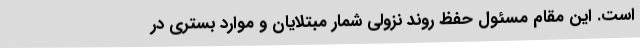
است. این مقام مسئول حفظ روند نزولی شمار مبتلایان و موارد بستری در